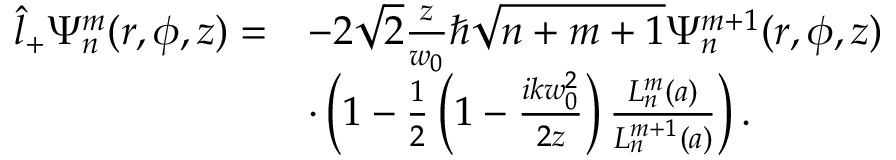
\begin{array} { r l } { \hat { l } _ { + } \Psi _ { n } ^ { m } ( r , \phi , z ) = } & { - 2 \sqrt { 2 } \frac { z } { w _ { 0 } } \hbar \sqrt { n + m + 1 } \Psi _ { n } ^ { m + 1 } ( r , \phi , z ) } \\ & { \cdot \left( 1 - \frac { 1 } { 2 } \left( 1 - \frac { i k w _ { 0 } ^ { 2 } } { 2 z } \right) \frac { L _ { n } ^ { m } ( a ) } { L _ { n } ^ { m + 1 } ( a ) } \right) . } \end{array}